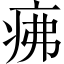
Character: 疿